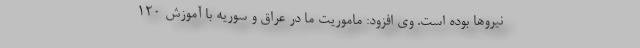
نیروها بوده است. وی افزود: ماموریت ما در عراق و سوریه با آموزش ۱۲۰